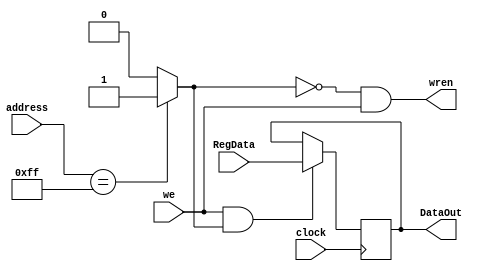
module Parallel_OUT (input [7:0]address, RegData, input clock, we,
							output reg [7:0]DataOut, output wren);

wire fioA, fioB;

assign fioA = (address == 8'hFF)?1:0;
assign wren = (~fioA) & we;
assign fioB = we & fioA;

always@(posedge clock)
	begin
		if (fioB == 1)
			DataOut = RegData;
	end
endmodule